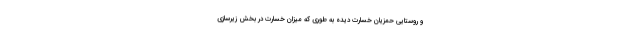
و روستایی حمزیان خسارت دیده به طوری که میزان خسارت در بخش زیرسازی